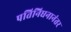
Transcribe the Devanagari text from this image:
पतिनिधनानंतर